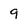
Character: 9